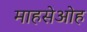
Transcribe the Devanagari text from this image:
माहसेओह